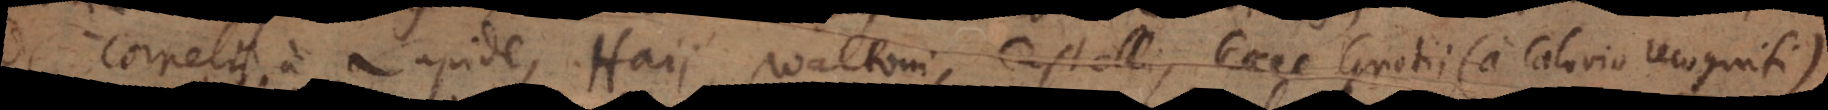
Cornelii a Lapide, Haii, Waltoni, Castelli, Coci Grotii (a Calovio recogniti),